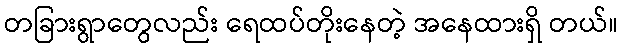
တခြားရွာတွေလည်း ရေထပ်တိုးနေတဲ့ အနေထားရှိ တယ်။